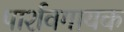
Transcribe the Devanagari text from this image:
पार्शवगायक